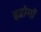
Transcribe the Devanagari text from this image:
हृद्रोगों